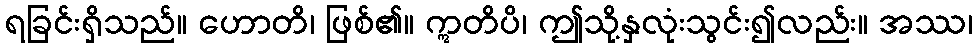
ရခြင်းရှိသည်။ ဟောတိ၊ ဖြစ်၏။ ဣတိပိ၊ ဤသို့နှလုံးသွင်း၍လည်း။ အဿ၊